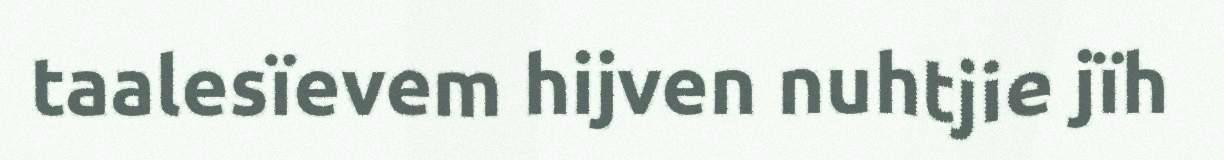
taalesïevem hijven nuhtjie jïh